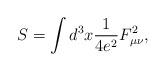
LaTeX: \begin{align*}S=\int d^3x \frac{1}{4e^2}F_{\mu\nu}^2,\end{align*}